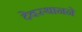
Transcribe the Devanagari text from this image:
देवस्थानने